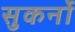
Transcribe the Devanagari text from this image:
सुकर्नो